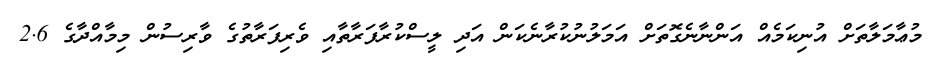
މުޢާމަލާތަށް އުނިކަމެއް އަންނާނެގޮތަށް އަމަލުނުކުރާނެކަން އަދި ލީސްކުރާފަރާތާއި ވެރިފަރާތުގެ ވާރިސުން މިމާއްދާގެ 2.6